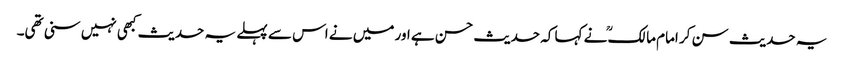
یہ حدیث سن کر امام مالکؒ نے کہا کہ حدیث حسن ہے اور میں نے اس سے پہلے یہ حدیث کبھی نہیں سنی تھی۔